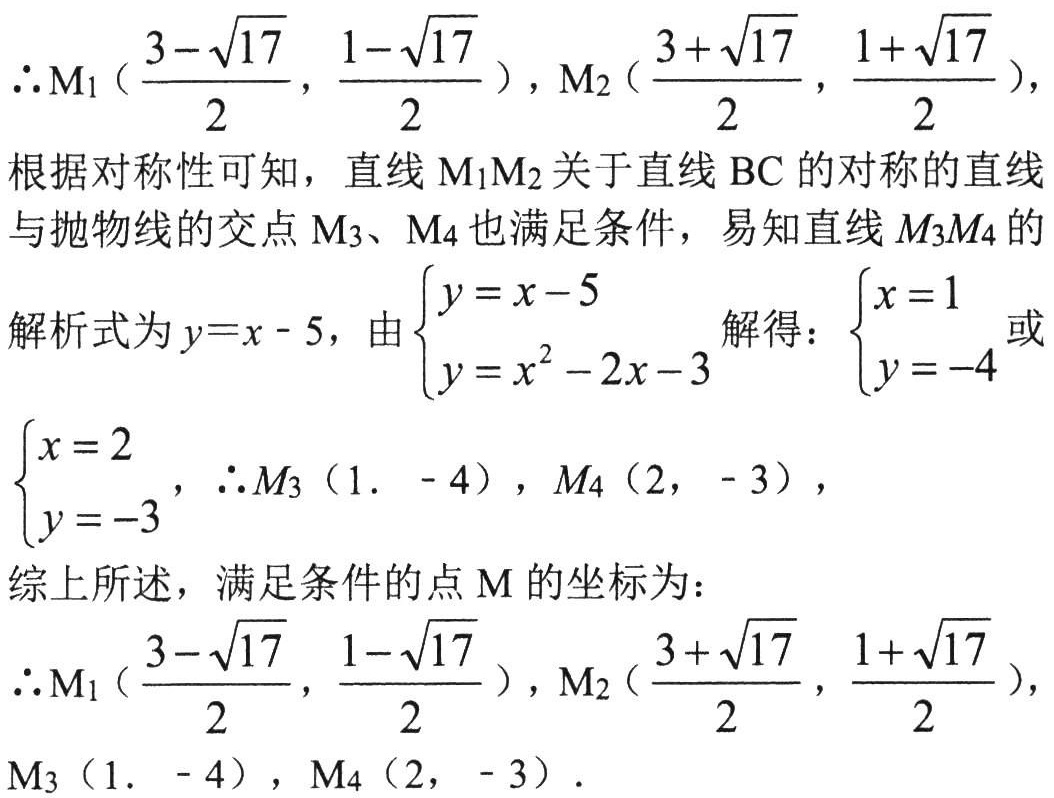
\(\therefore M_1\left(\dfrac{3 - \sqrt{17}}{2},\dfrac{1 - \sqrt{17}}{2}\right),M_2\left(\dfrac{3 + \sqrt{17}}{2},\dfrac{1 + \sqrt{17}}{2}\right),\)
根据对称性可知，直线\(M_1M_2\)关于直线\(BC\)的对称的直线
与抛物线的交点\(M_3、M_4\)也满足条件，易知直线\(M_3M_4\)的
解析式为\(y = x - 5\)，由\(\begin{cases}y = x - 5\\y = x^{2}-2x - 3\end{cases}\)解得：\(\begin{cases}x = 1\\y = -4\end{cases}\)或
\(\begin{cases}x = 2\\y = -3\end{cases}\)，\(\therefore M_3(1,-4),M_4(2,-3),\)
综上所述，满足条件的点\(M\)的坐标为：
\(\therefore M_1\left(\dfrac{3 - \sqrt{17}}{2},\dfrac{1 - \sqrt{17}}{2}\right),M_2\left(\dfrac{3 + \sqrt{17}}{2},\dfrac{1 + \sqrt{17}}{2}\right),\)
\(M_3(1,-4),M_4(2,-3).\)